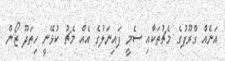
އަނެއް ގްރޫޕުގެ މެޗުތަކާއި ސެމީ ފައިނަލުގެ އެއް މެޗު ކުޅޭނީ ހިތަދޫ ޒޯން